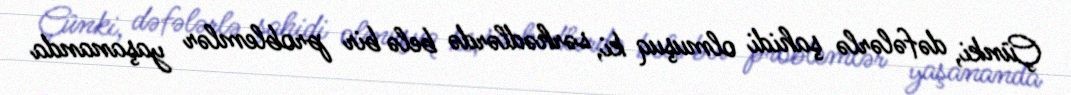
Çünki, dəfələrlə şahidi olmuşuq ki, sərhədlərdə belə bir problemlər yaşananda